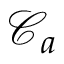
\mathcal { C } _ { a }